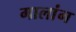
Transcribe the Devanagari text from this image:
गालांग